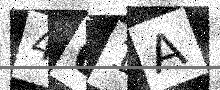
Text: 461A